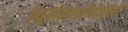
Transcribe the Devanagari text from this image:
न्यूरोएनथ्रोपोलॉजी